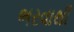
ભરવાથી